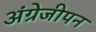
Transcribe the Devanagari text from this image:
अंग्रेजीपन